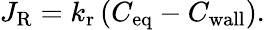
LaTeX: J_{\mathrm{R}}=k_{\mathrm{r}}\left(C_{\mathrm{eq}}-C_{\mathrm{wall}}\right).